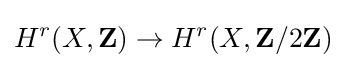
H^{r}(X,\mathbf {Z} )\to H^{r}(X,\mathbf {Z} /2\mathbf {Z} )